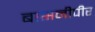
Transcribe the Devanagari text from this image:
बासनीपीर